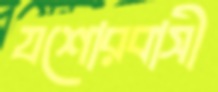
যশোরবাসী